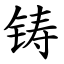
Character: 铸